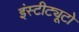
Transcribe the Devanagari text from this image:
इंस्टीट्यूटो